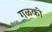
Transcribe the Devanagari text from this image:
गळकी